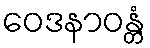
ဝေဒနာဝန္တံ